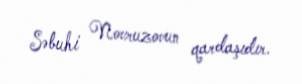
Səbuhi Novruzovun qardaşıdır.